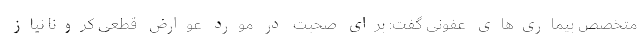
متخصص بیماری‌های عفونی گفت: برای صحبت در مورد عوارض قطعی کرونا نیاز